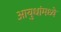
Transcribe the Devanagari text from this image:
आयुधांमध्ये